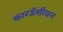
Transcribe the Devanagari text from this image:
कारडॅसीयन